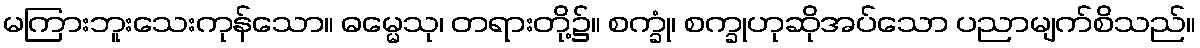
မကြားဘူးသေးကုန်သော။ ဓမ္မေသု၊ တရားတို့၌။ စက္ခုံ၊ စက္ခုဟုဆိုအပ်သော ပညာမျက်စိသည်။